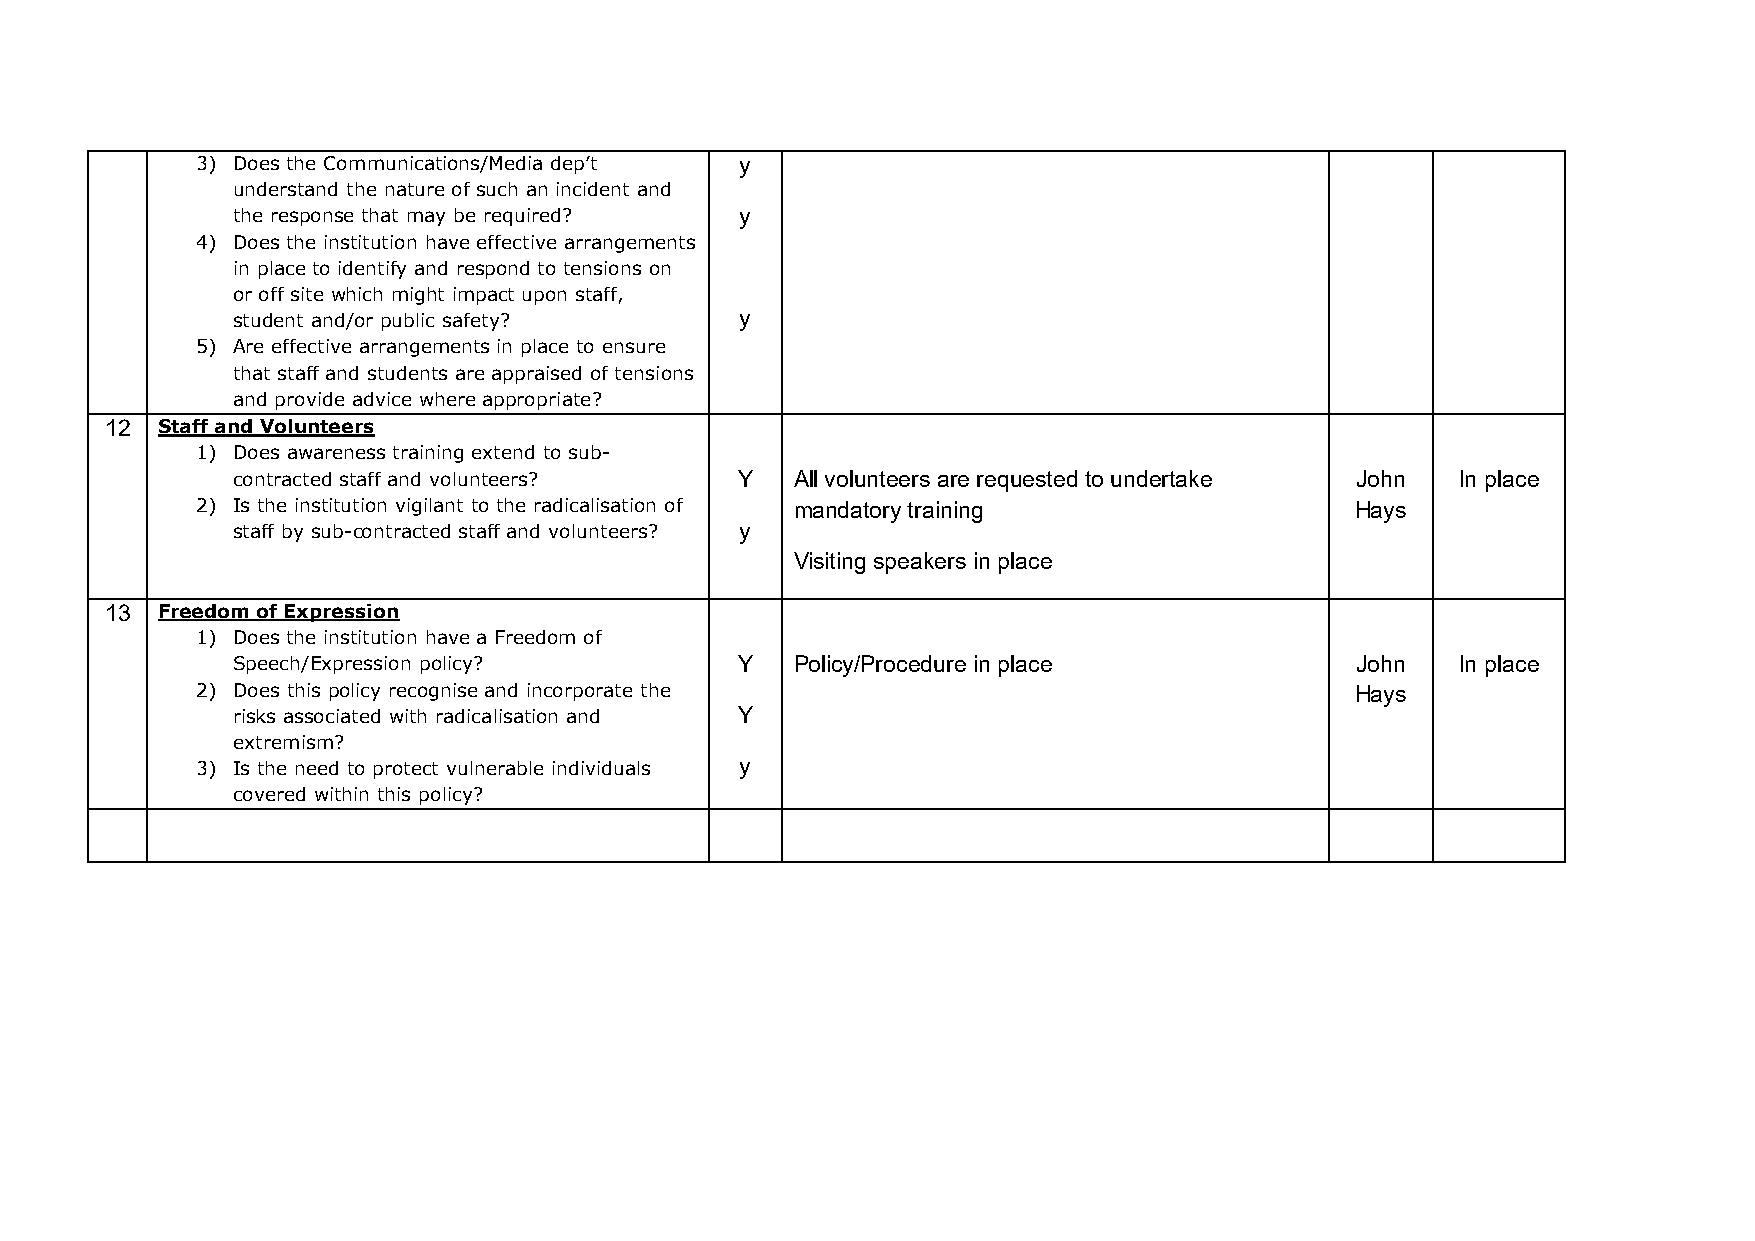
3) Does the Communications/Media dep’t y
 understand the nature of such an incident and
 the response that may be required? y
 4) Does the institution have effective arrangements
 in place to identify and respond to tensions on
 or off site which might impact upon staff,
 student and/or public safety?     y
 5) Are effective arrangements in place to ensure
 that staff and students are appraised of tensions
 and provide advice where appropriate?
 12 Staff and Volunteers
 1) Does awareness training extend to sub-
 contracted staff and volunteers?  Y   All volunteers are requested to undertake John In place
 2) Is the institution vigilant to the radicalisation of mandatory training   Hays
 staff by sub-contracted staff and volunteers? y
 Visiting speakers in place
 13 Freedom of Expression
 1) Does the institution have a Freedom of
 Speech/Expression policy?         Y   Policy/Procedure in place            John   In place
 2) Does this policy recognise and incorporate the                            Hays
 risks associated with radicalisation and Y
 extremism?
 3) Is the need to protect vulnerable individuals y
 covered within this policy?